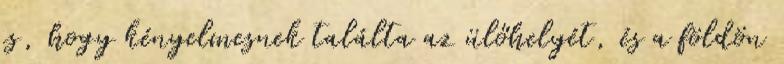
is, hogy kényelmesnek találta az ülőhelyét, és a földön